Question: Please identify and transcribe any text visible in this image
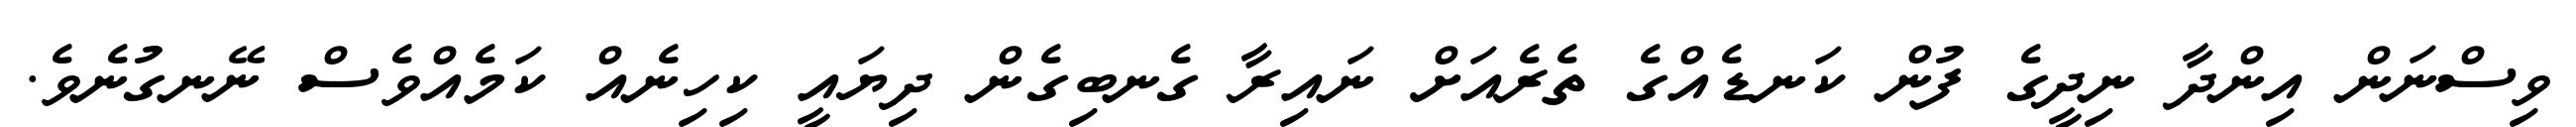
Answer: ވިސްނަން އިންދާ ނިދީގެ ފުން ކަނޑެއްގެ ތެރެއަށް ނައިރާ ގެނބިގެން ދިޔައީ ކިހިނެއް ކަމެއްވެސް ނޭނގުނެވެ.